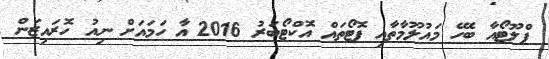
ޕްލޫޓޯއާ ބެހޭ މައުލޫމާތާއި ފޮޓޯތައް އޮކްޓޯބަރު 2016 އާ ހަމައަށް ނިއު ހޮރައިޒަން